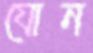
যোন